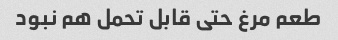
طعم مرغ حتی قابل تحمل هم نبود